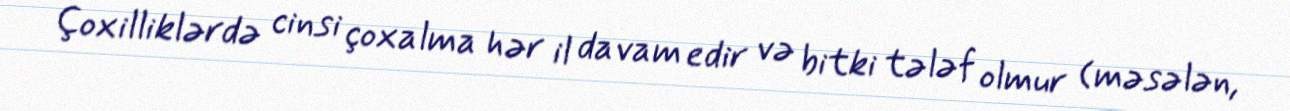
Çoxilliklərdə cinsi çoxalma hər il davam edir və bitki tələf olmur (məsələn,